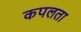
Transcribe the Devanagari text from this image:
कपलता